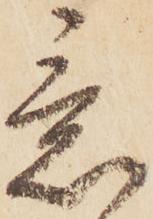
意